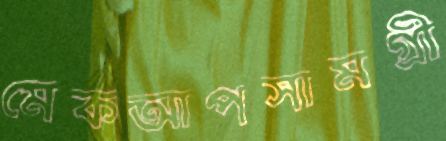
মেকআপসামগ্রী